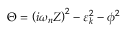
\Theta = \left( i \omega _ { n } Z \right) ^ { 2 } - \varepsilon _ { \boldsymbol { k } } ^ { 2 } - \phi ^ { 2 }